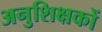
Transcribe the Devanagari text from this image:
अनुशिक्षकों